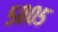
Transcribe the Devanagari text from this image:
५००५